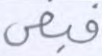
فبغى